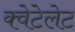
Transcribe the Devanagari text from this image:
क्वेटेलेट